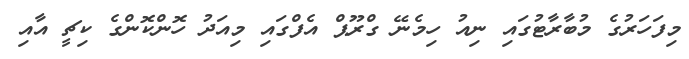
މިފަހަރުގެ މުބާރާޓުގައި ނިއު ހިމެނޭ ގްރޫޕް އެފްގައި މިއަދު ހޮންކޮންގެ ކިޗީ އާއި